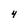
Character: 4